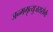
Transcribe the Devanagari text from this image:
जन्ममृत्युजरारोगैः